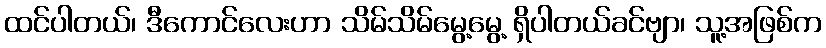
ထင်ပါတယ်၊ ဒီကောင်လေးဟာ သိမ်သိမ်မွေ့မွေ့ ရှိပါတယ်ခင်ဗျာ၊ သူ့အဖြစ်က